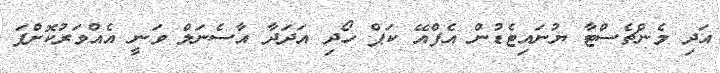
އަދި މެންޗެސްޓާ ޔުނައިޓެޑުން އެފްއޭ ކަޕް ހޯދި އަދަދާ އާސެނަލް ވަނީ އެއްވަރުކޮށްފަ